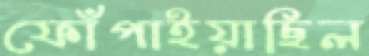
ফোঁপাইয়াছিল